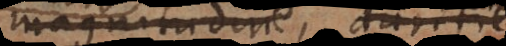
magnitudine, duritie,